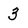
Character: 3